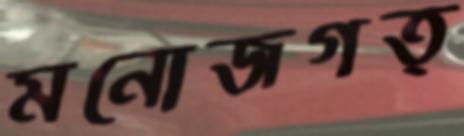
মনোজগত্